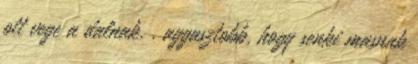
ott vege a dalnak. . aggasztobb, hogy senki masnak